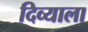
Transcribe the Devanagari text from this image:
दिव्याला